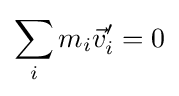
\sum \limits _{i}m_{i}{\vec {v}}'_{i}=0